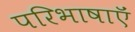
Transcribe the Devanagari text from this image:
परिभाषाऍं